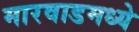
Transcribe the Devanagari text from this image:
मारवाडमध्ये